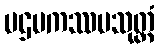
ပဌမကဿပသုတ္တံ